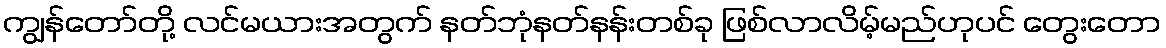
ကျွန်တော်တို့ လင်မယားအတွက် နတ်ဘုံနတ်နန်းတစ်ခု ဖြစ်လာလိမ့်မည်ဟုပင် တွေးတော